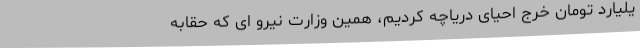
یلیارد تومان خرج احیای دریاچه کردیم، همین وزارت نیرو ای که حقابه